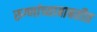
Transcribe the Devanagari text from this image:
रुग्णांच्याबाबतीत